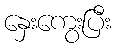
နှေးကွေးပြီး